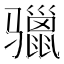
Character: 𩨐